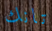
تانك